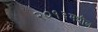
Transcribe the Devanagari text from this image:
२०१३मधील